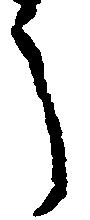
う